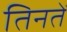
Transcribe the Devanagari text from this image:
तिनतें